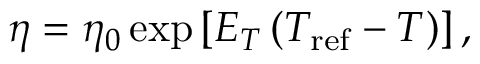
\eta = \eta _ { 0 } \exp { \left[ E _ { T } \left( T _ { \mathrm { r e f } } - T \right) \right] } \, ,